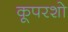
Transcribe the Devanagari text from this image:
कूपरशो